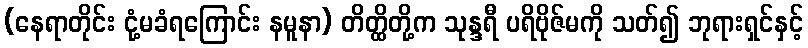
(နေရာတိုင်း ငုံ့မခံရကြောင်း နမူနာ) တိတ္ထိတို့က သုန္ဒရီ ပရိဗိုဇ်မကို သတ်၍ ဘုရားရှင်နှင့်